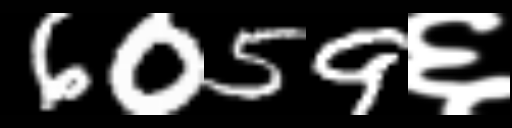
Text: 6059६